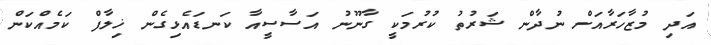
އަދި މުޒާހަރާއަށް ނުދާން ޝަރުތު ކުރުމަކީ ގާނޫނު އަސާސީއާ ކަނޑައެޅިގެން ޚިލާފް ކަމެއްކަން